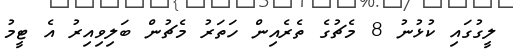
ލީގުގައި ކުޅުނު 8 މެޗުގެ ތެރެއިން ހަތަރު މެޗުން ބަލިވިއިރު އެ ޓީމު